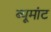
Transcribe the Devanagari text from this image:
ब्यूमांट